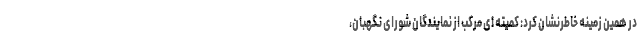
در همین زمینه خاطرنشان کرد: کمیته ای مرکب از نمایندگان شورای نگهبان،